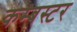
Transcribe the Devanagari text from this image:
कम्बस्टर